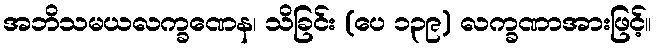
အဘိသမယလက္ခဏေန၊ သိခြင်း (ပေ ၁၃၉) လက္ခဏာအားဖြင့်။